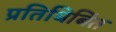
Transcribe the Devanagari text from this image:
प्रतिबिबिंत